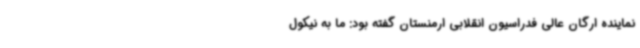
نماینده ارگان عالی فدراسیون انقلابی ارمنستان گفته بود: ما به نیکول